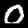
Digit: 0